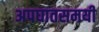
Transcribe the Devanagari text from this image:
अपघातसमयी